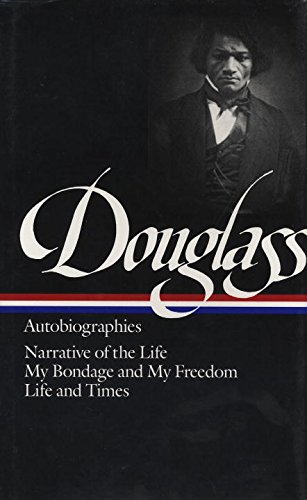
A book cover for Frederick Douglass : Autobiographies : Narrative of the Life of Frederick Douglass, an American Slave / My Bondage and My Freedom / Life and Times of Frederick Douglass (Library of America); Frederick Douglass; Biographies & Memoirs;